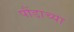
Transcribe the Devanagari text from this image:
पौंडाच्या